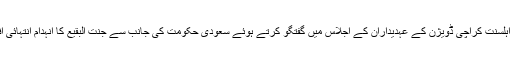
انہوں نے جماعت اہلسنّت کراچی ڈویژن کے عہدیداران کے اجلاس میں گفتگو کرتے ہوئے سعودی حکومت کی جانب سے جنت البقیع کا انہدام انتہائی افسوسناک قرار دیا۔